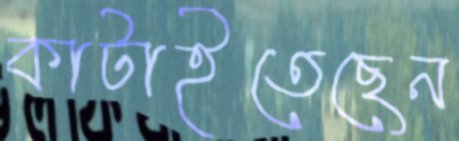
কাটাইতেছেন